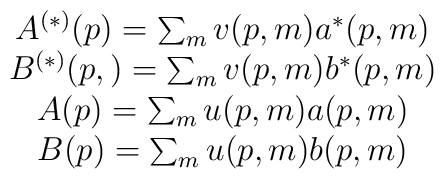
\begin{array}{c}A^{\left( *\right) }(p)=\sum_{m}v(p,m)a^{*}(p,m) \\ B^{\left( *\right) }(p,)=\sum_{m}v(p,m)b^{*}(p,m) \\ A(p)=\sum_{m}u(p,m)a(p,m) \\ B(p)=\sum_{m}u(p,m)b(p,m)\end{array}